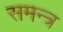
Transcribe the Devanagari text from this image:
समन्त्र